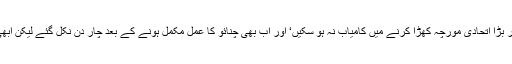
چنائو سے پہلے وہ کوئی واضح اور بڑا اتحادی مورچہ کھڑا کرنے میں کامیاب نہ ہو سکیں‘ اور اب بھی چنائو کا عمل مکمل ہونے کے بعد چار دن نکل گئے لیکن ابھی تک وہ ہوا میں لٹھ گھما رہی ہیں۔